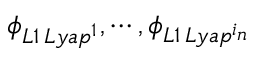
\phi _ { L 1 \, L y a p ^ { 1 } } , \cdots , \phi _ { L 1 \, L y a p ^ { i _ { n } } }